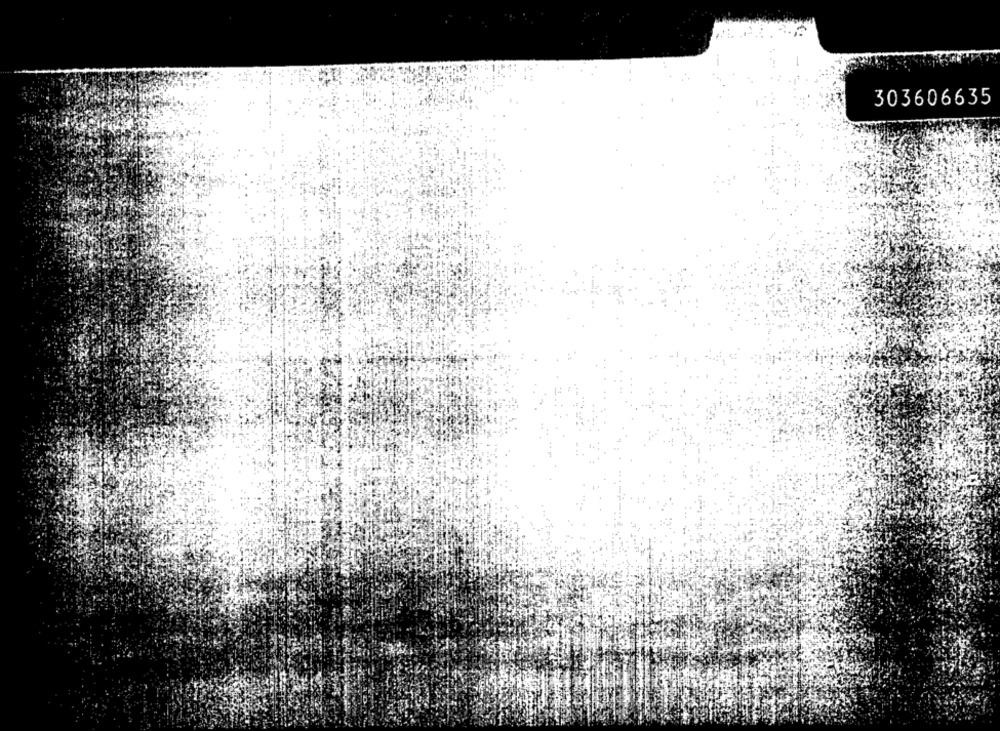
303606635